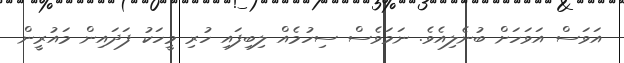
އަވަސް އަވަހަށް ބުނެލިއެވެ. ނަމަވެސް ސިހުމެއް ލިބިފައި ހުރި މީހަކު ފަދައިން މައުރީން